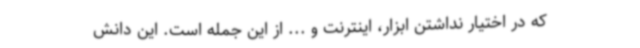
که در اختیار نداشتن ابزار، اینترنت و ... از این جمله است. این دانش